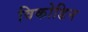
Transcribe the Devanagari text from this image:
विकोडिन